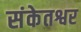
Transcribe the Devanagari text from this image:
संकेतश्वर